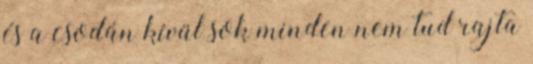
és a csodán kívül sok minden nem tud rajta